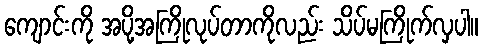
ကျောင်းကို အပို့အကြိုလုပ်တာကိုလည်း သိပ်မကြိုက်လှပါ။